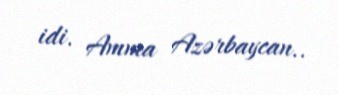
idi. Amma Azərbaycan..